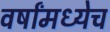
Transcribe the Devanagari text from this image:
वर्षांमध्येच